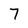
Character: 7